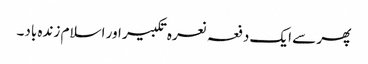
پھر سے ایک دفعہ نعرہ تکبیر اور اسلام زندہ باد۔